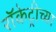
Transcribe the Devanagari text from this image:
रॉकेट्रीच्या